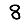
Digit: 8